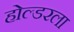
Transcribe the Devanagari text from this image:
होल्डरला